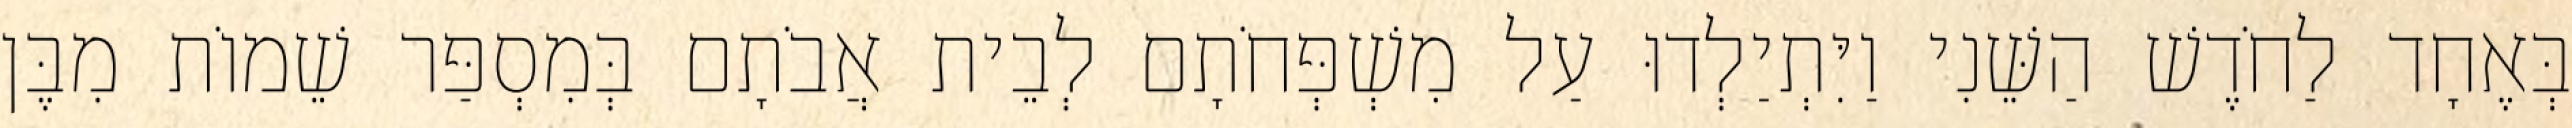
בְּאֶחָד לַחֹדֶשׁ הַשֵּׁנִי וַיִּתְיַלְדוּ עַל מִשְׁפְּחֹתָם לְבֵית אֲבֹתָם בְּמִסְפַּר שֵׁמוֹת מִבֶּן